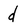
Character: d